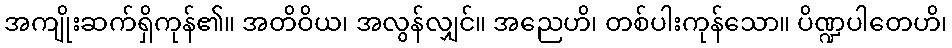
အကျိုးဆက်ရှိကုန်၏။ အတိဝိယ၊ အလွန်လျှင်။ အညေဟိ၊ တစ်ပါးကုန်သော။ ပိဏ္ဍပါတေဟိ၊